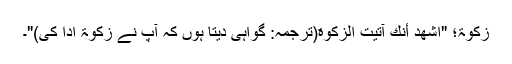
زکٰوۃ؛ "اَشهَدُ أَنَّكَ آتَيتُ الزكٰوةَ(ترجمہ: گواہی دیتا ہوں کہ آپ نے زکوۃ ادا کی)"۔